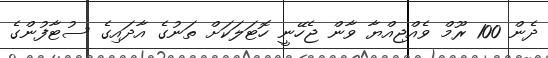
ދެން 100 ރޫމް ވެއްޖިއްޔާ ވާން ޖެހޭނީ ހޮޓަލަކަށް ތަނުގެ އާދައިގެ ސުޓާފުންގެ